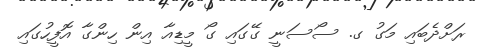
ރަށްދެބައި މަގު ގ. ސޯސަނީ ގޭގައި ގޯ މީޑިއާ އިން ހިންގާ އޮފީހުގައި